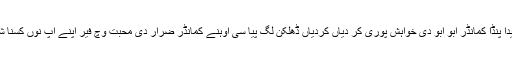
اوہ کڑی جیدا پنڈا کمانڈر ابو ابو دی خواہش پوری کر دیاں کردیاں ڈھلکن لگ پیا سی اوہنے کمانڈر ضرار دی محبت وچ فیر اپنے آپ نوں کسنا شروع کیتا ۔